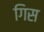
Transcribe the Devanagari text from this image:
गिस